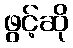
ဖွင့်ဆို